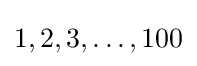
1,2,3,\ldots ,100